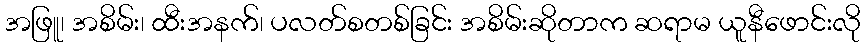
အဖြူ၊ အစိမ်း၊ ထီးအနက်၊ ပလတ်စတစ်ခြင်း အစိမ်းဆိုတာက ဆရာမ ယူနီဖောင်းလို